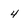
Character: 4